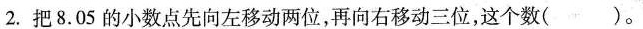
2.把8.05的小数点先向左移动两位，再向右移动三位，这个数( )。